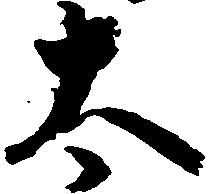
太